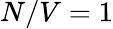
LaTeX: N/V=1